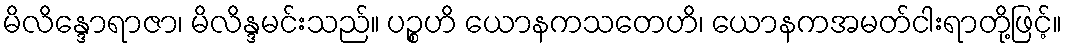
မိလိန္ဒောရာဇာ၊ မိလိန္ဒမင်းသည်။ ပဉ္စဟိ ယောနကသတေဟိ၊ ယောနကအမတ်ငါးရာတို့ဖြင့်။